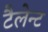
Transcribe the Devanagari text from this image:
टैलेन्ट